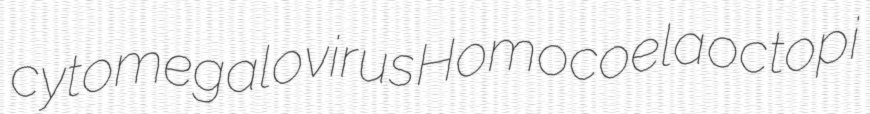
cytomegalovirus Homocoela octopi